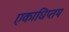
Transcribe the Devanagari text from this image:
एकाधिप्तय